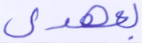
بعهدي